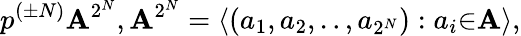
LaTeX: p^{(\pm N)}{\mathbf A}^{2^{N}},{\mathbf A}^{2^{N}}=\langle(a_{1},a_{2},..,a_{2^{N}}):a_{i}{\in}{\mathbf A}\rangle,